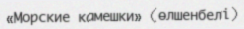
«Морские камешки» (өлшенбелі)